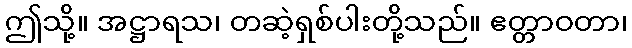
ဤသို့။ အဋ္ဌာရသ၊ တဆဲ့ရှစ်ပါးတို့သည်။ ဧတ္တာဝတာ၊